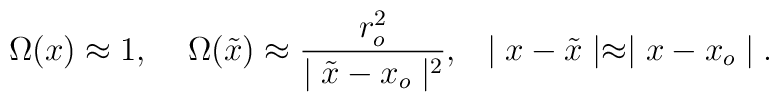
\Omega(x)\approx1 ,\;\;\;\;\Omega(\tilde{x})\approx{r^2_o\over\mid\tilde{x}-x_o\mid^2},\\\,\,\, \mid x-\tilde{x}\mid\approx\mid x-x_o\mid.